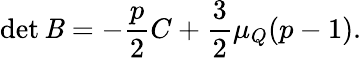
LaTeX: \operatorname*{det}{\mathit{B}}=-\frac{{p}}{{2}}C+\frac{{3}}{{2}}\mu_{Q}(p-1).